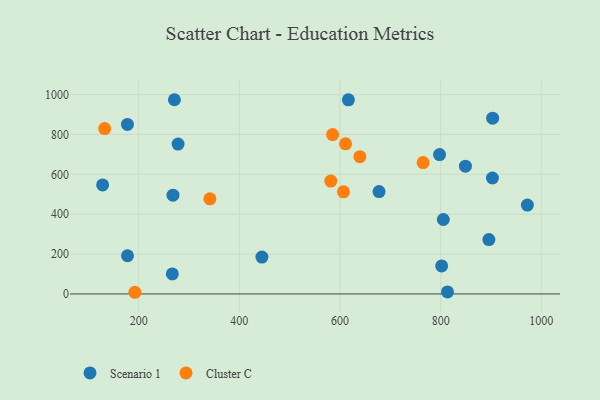
{"axis": {"x": "Price", "y": "Rating"}, "legend": ["Cluster C", "Scenario 1"], "data": [{"x": "268.2", "y": 495.7, "type": "Scenario 1"}, {"x": "805.3", "y": 373.5, "type": "Scenario 1"}, {"x": "903.3", "y": 881.9, "type": "Scenario 1"}, {"x": "813.6", "y": 10.2, "type": "Scenario 1"}, {"x": "278.3", "y": 751.6, "type": "Scenario 1"}, {"x": "177.7", "y": 850.2, "type": "Scenario 1"}, {"x": "128.4", "y": 547.1, "type": "Scenario 1"}, {"x": "616.7", "y": 973.9, "type": "Scenario 1"}, {"x": "972.3", "y": 446.0, "type": "Scenario 1"}, {"x": "271.0", "y": 974.3, "type": "Scenario 1"}, {"x": "902.9", "y": 581.6, "type": "Scenario 1"}, {"x": "802.0", "y": 140.5, "type": "Scenario 1"}, {"x": "266.9", "y": 100.7, "type": "Scenario 1"}, {"x": "895.8", "y": 273.0, "type": "Scenario 1"}, {"x": "677.6", "y": 513.5, "type": "Scenario 1"}, {"x": "797.8", "y": 699.4, "type": "Scenario 1"}, {"x": "444.9", "y": 185.2, "type": "Scenario 1"}, {"x": "849.2", "y": 641.2, "type": "Scenario 1"}, {"x": "177.8", "y": 191.5, "type": "Scenario 1"}, {"x": "581.7", "y": 566.3, "type": "Cluster C"}, {"x": "765.1", "y": 658.8, "type": "Cluster C"}, {"x": "639.5", "y": 688.6, "type": "Cluster C"}, {"x": "192.5", "y": 8.4, "type": "Cluster C"}, {"x": "611.0", "y": 753.2, "type": "Cluster C"}, {"x": "585.3", "y": 799.4, "type": "Cluster C"}, {"x": "606.9", "y": 512.3, "type": "Cluster C"}, {"x": "132.4", "y": 829.6, "type": "Cluster C"}, {"x": "341.5", "y": 477.2, "type": "Cluster C"}]}